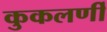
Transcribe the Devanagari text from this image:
कुकलर्णी